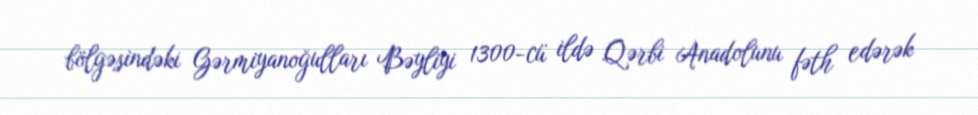
bölgəsindəki Gərmiyanoğulları Bəyliyi 1300-cü ildə Qərbi Anadolunu fəth edərək